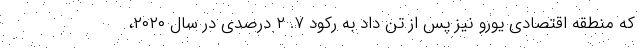
که منطقه اقتصادی یورو نیز پس از تن داد به رکود ۷. ۲ درصدی در سال ۲۰۲۰،